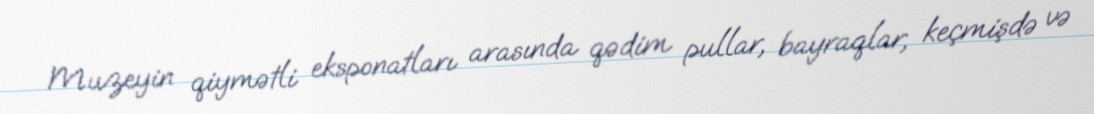
Muzeyin qiymətli eksponatları arasında qədim pullar, bayraqlar, keçmişdə və